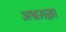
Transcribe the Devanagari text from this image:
अश्वसज्जा